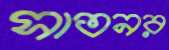
সাতনর